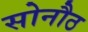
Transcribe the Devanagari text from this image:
सोनौठ